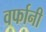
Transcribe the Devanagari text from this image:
वर्फानी